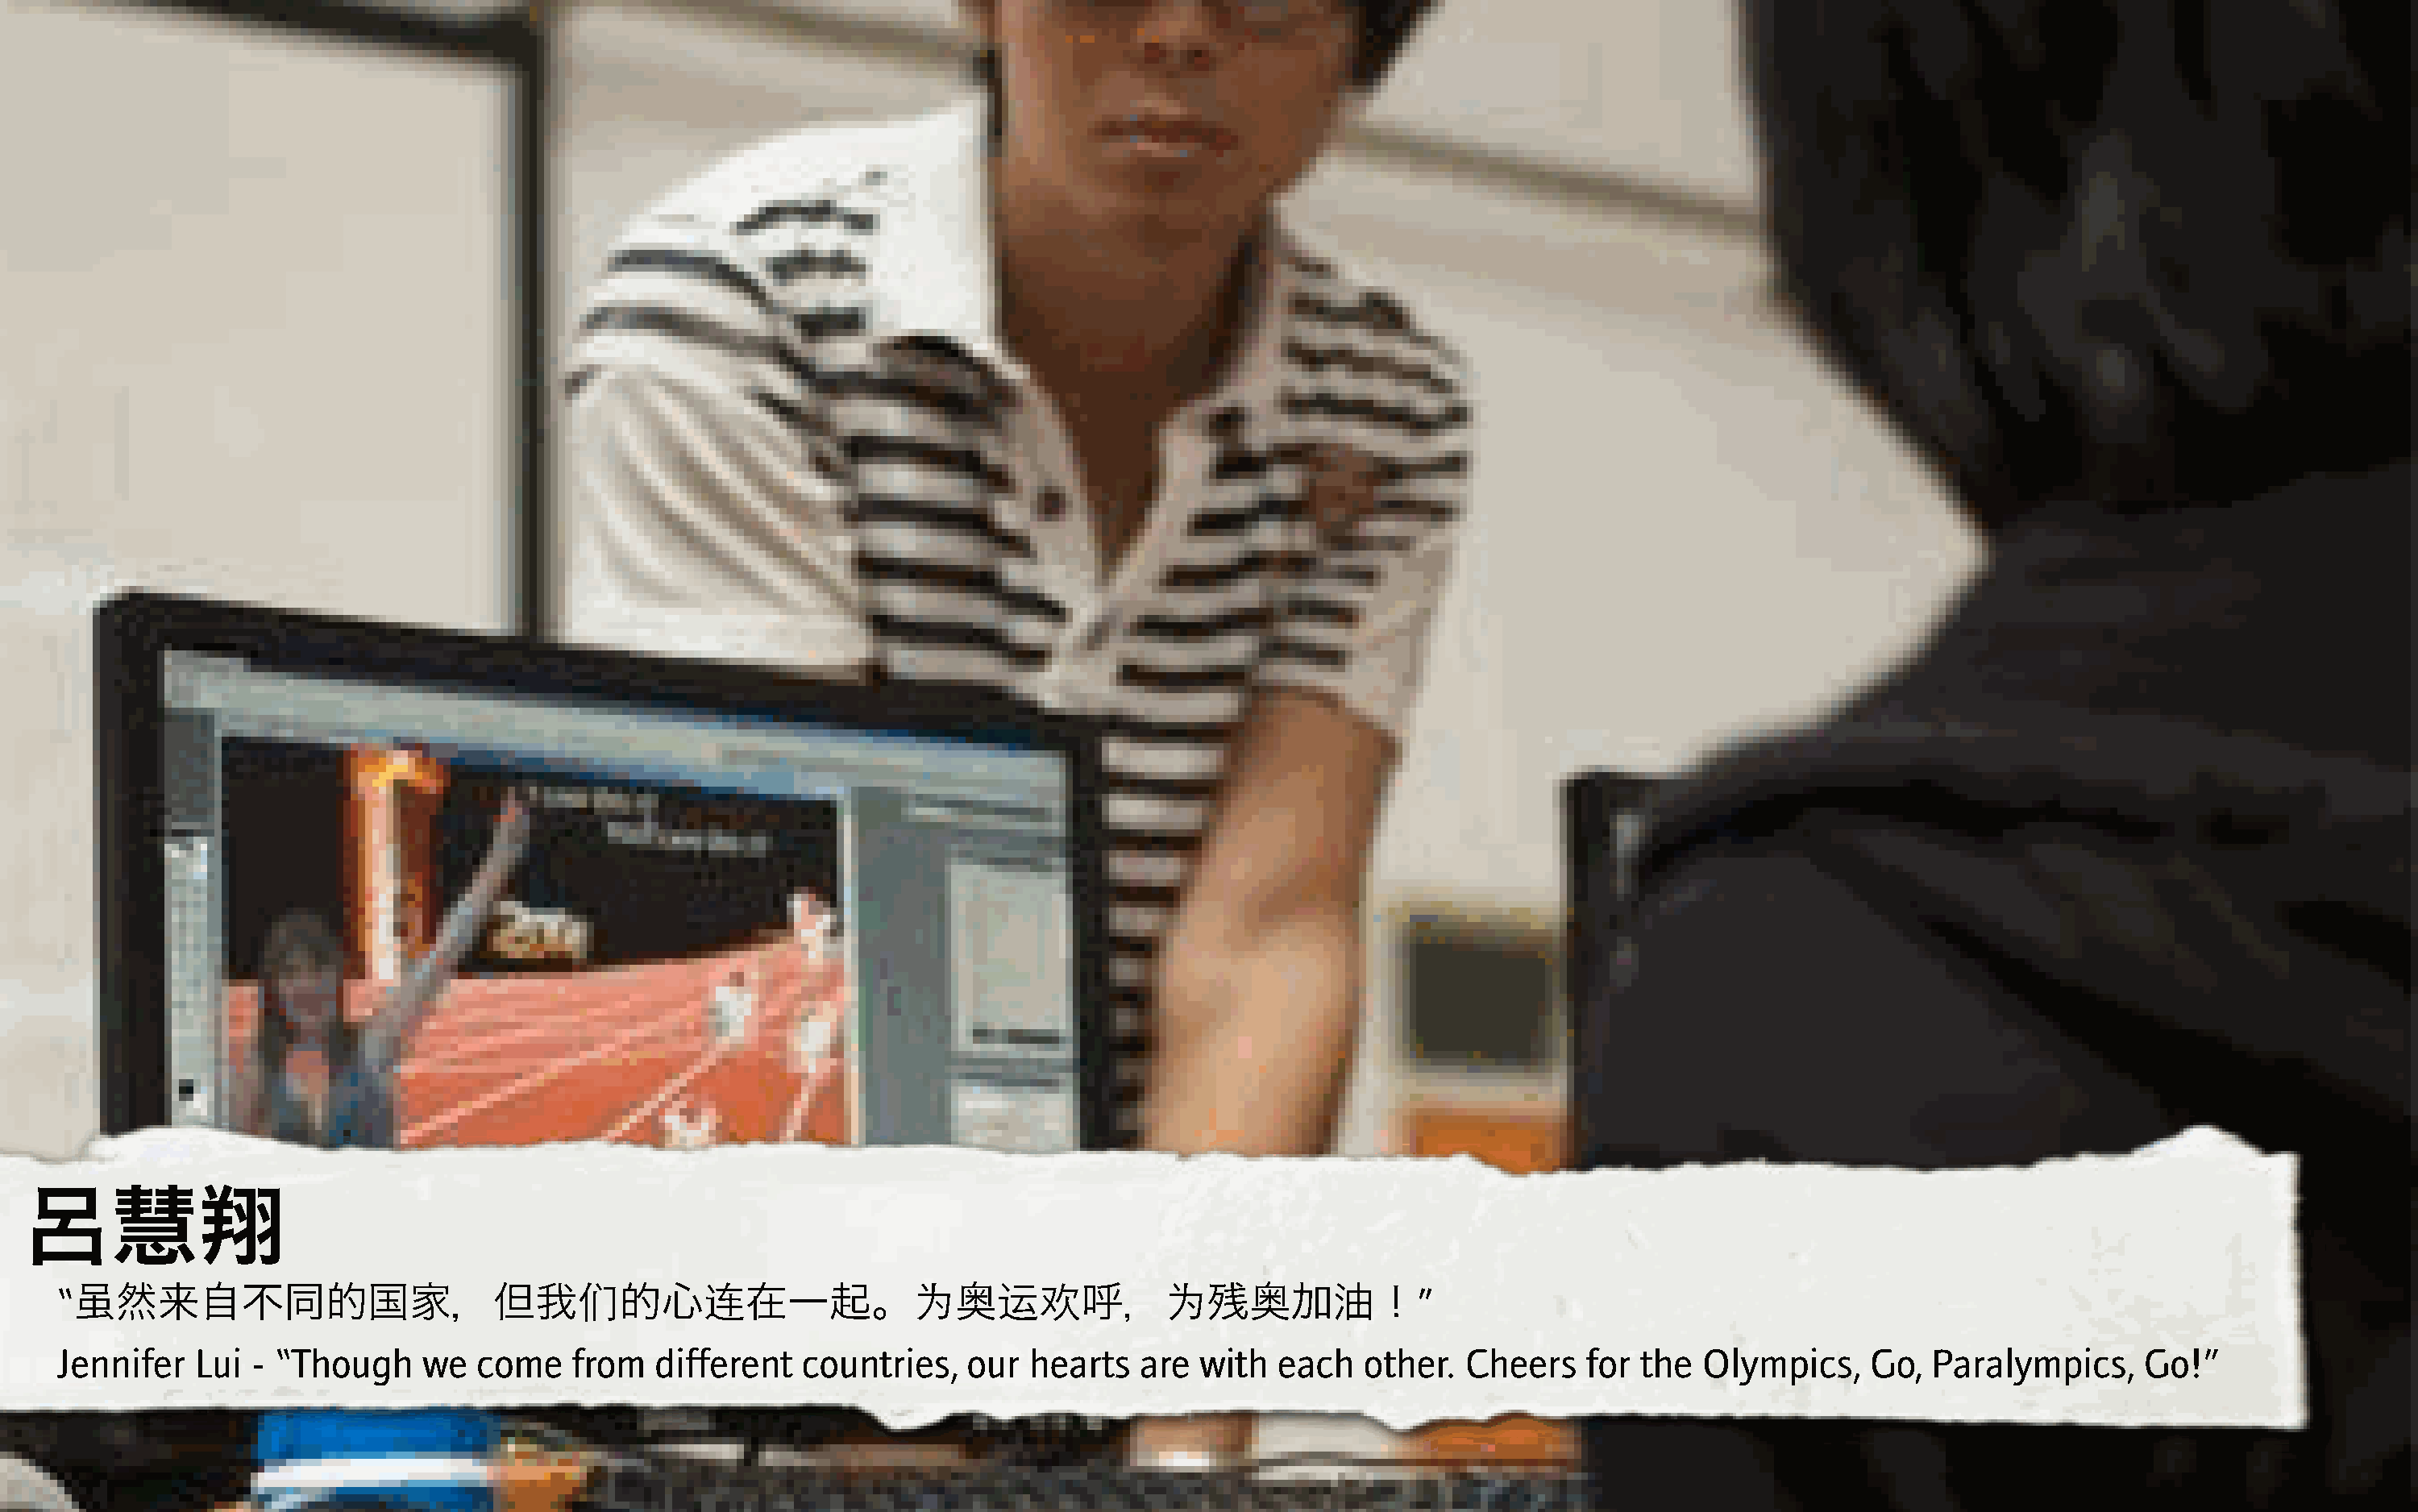
呂慧翔
 “                                         ,          K                7      LM            7                   ”
 虽然来自不同的国家，但我                                 的心        在一起。             奥          呼，        残奥加油！
 Jennifer   Lui  - “Though     we  come    from   different   countries,   our   hearts   are  with  each   other.  Cheers    for  the  Olympics,     Go,  Paralympics,     Go!”